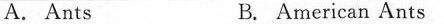
A. Ants B. American Ants